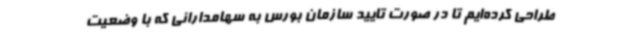
طراحی کرده‌ایم تا در صورت تایید سازمان بورس به سهامدارانی که با وضعیت